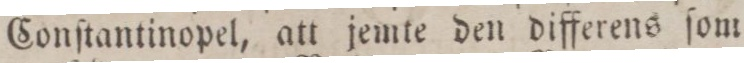
Conſtantinopel, att jemte den differens ſom